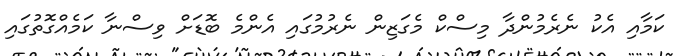
ކަމާއި އެކު ނެރެމުންދާ މިސްކް މެގަޒިން ނެރުމުގައި އެންމެ ބޮޑަށް ވިސްނާ ކަމެއްގޮތުގައި